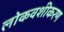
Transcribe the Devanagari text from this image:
लोकवशीकरण